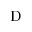
\mathrm D